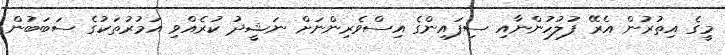
މީގެ އިތުރުން އެރޭ ފުލުހުންނާއި ސިފައިންގެ އިސްވެރިންނަށް ނަޝީދު ކުރެއްވި އަމުރުތަކުގެ ސަބަބުން